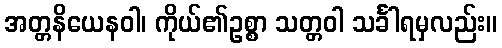
အတ္တနိယေနဝါ၊ ကိုယ်၏ဥစ္စာ သတ္တဝါ သင်္ခါရမှလည်း။